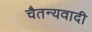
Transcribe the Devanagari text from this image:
चैतन्यवादी